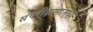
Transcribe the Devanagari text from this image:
संपरीक्षणांमध्ये